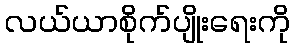
လယ်ယာစိုက်ပျိုးရေးကို